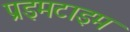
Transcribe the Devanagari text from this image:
प्रइमटाइम